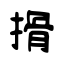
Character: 搰